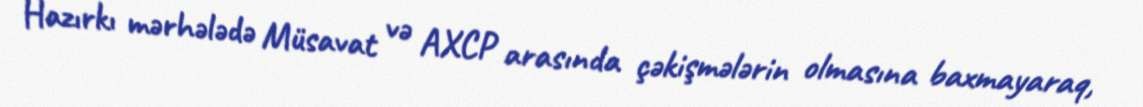
Hazırkı mərhələdə Müsavat və AXCP arasında çəkişmələrin olmasına baxmayaraq,